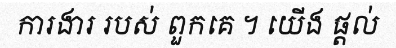
ការងារ របស់ ពួកគេ ។ យើង ផ្តល់